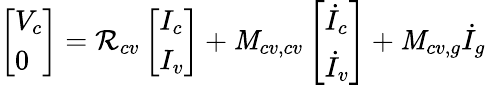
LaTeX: \left[\begin{array}{l}{V_{c}}\\ {0}\end{array}\right]=\mathcal{R}_{cv}\left[\begin{array}{l}{I_{c}}\\ {I_{v}}\end{array}\right]+\mathit{M}_{cv,cv}\left[\begin{array}{l}{\dot{I}_{c}}\\ {\dot{I}_{v}}\end{array}\right]+\mathit{M}_{cv,g}\dot{{I}}_{g}